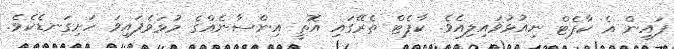
ފައިން އެ ކާޕެޓް ނިއުޅުވައިލިއެވެ. ކާޕެޓް ތެރޭގައި އޮތީ އިންސާނެއްގެ މުޅަވެފައިވަ ހަށިގަނޑެކެވެ.